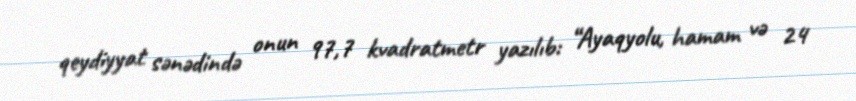
qeydiyyat sənədində onun 97,7 kvadratmetr yazılıb: “Ayaqyolu, hamam və 24